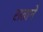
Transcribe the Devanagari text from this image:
सतानें